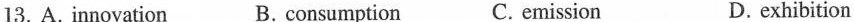
13.A. innovation B. consumption C. emission D. exhibition